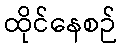
ထိုင်နေစဉ်